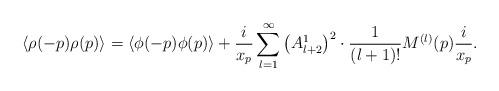
LaTeX: \begin{align*}\langle \rho(-p) \rho (p) \rangle = \langle \phi(-p) \phi(p) \rangle + \frac{i}{x_p }\sum_{l=1}^\infty \left( A^1_{l+2} \right) ^2 \cdot \frac{1}{(l+1)!}M^{(l)} (p) \frac{i}{x_p}.\end{align*}